Report on malaria in the Punjab during the year ...  together with an account of the work of the Punjab Malaria Bureau - Volume 5
Disease focus: Malaria
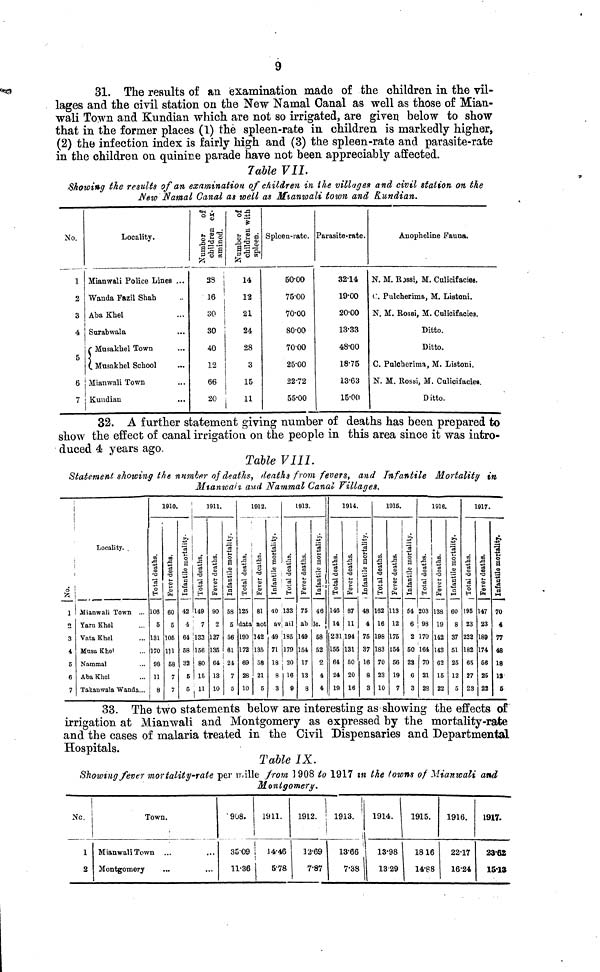
31. The results of an examination made of the children in the vil-
lages and the civil station on the New Namal Canal as well as those of Mian-
wali Town and Kundian which are not so irrigated, are given below to show
that in the former places (1) the spleen-rate in children is markedly higher,
(2) the infection index is fairly high and (3) the spleen-rate and parasite-rate
in the children on quinine parade have not been appreciably affected.
Table VII.
Showing the results of an examination of children in the villages and civil station on the
New Namal Canal as well as Mianwali town and Kundian.
No.
1
2
3
4
5
6
7
Locality.
Mianwali Police Lines ...
Wanda Fazil Shah
Aba Khel
Surabwala
Musakhel Town
Musakhel School
Mianwali Town
Kundian
Number
of
children ex-
amined.
33
16
30
30
40
12
66
20
Number
of
children with
spleen.
14
12
21
24
28
3
15
Spleen-rate.
50.00
75.00
70.00
80.00
7000
25.00
22.72
55.00
Parasite-rate.
32.14
19.00
20.00
13.33
48.00
18.75
13.63
15.00
Anopheline Fauna.
N. M. Rossi, M. Culicifacies..
C. Pulcherims, M. Listoni.
N. M. Rossi, M. Culicifacies.
Ditto.
Ditto.
C. Pulcherima, M. Listoni.
N. M. Rossi, M. Culicifaciea.
Ditto.
32. A further statement giving number of deaths has been prepared to
show the effect of canal irrigation on the people in this area since it was intro-
duced 4 years ago.
Table VIII
Statement showing the number of deaths, deaths from fevers, and Infantile
Mortality in
M
and
Nammal Canal Villages.
No.
1
2
3
i
5
6
7
Locality. ,
Mianwali Town ...
Yarn Khel
Vata Khel
Musa Khel
Nammal
Aba Khel
Takanwala Wanda...
Total
deaths.
106
5
131
170
98
11
8
1910.
Fever
deaths.
60
5
105
11l
58
7
7
33. The two
Infantile
mortality.
42
4
64
58
32
5
5
Total
deaths.
149
7
133
156
80
15
l
1911.
Fever
deaths.
90
2
127
135
64
13
10
Infantile
mortality.
58
5
56
61
24
7
5
statements
Total
deaths.
125
data
190
172
69
28
10
1912.
Fever
deaths.
81
not
142
135
58
21
5
Infantile
mortality.
40
av
49
71
18
8
3
below
Total
deaths.
133
ail
185
179
20
16
9
1913.
Fever
deaths.
75
ab
149
154
17
13
8
Infantile
mortality.
46
le.
58
52
2
4
4
Total
deaths.
146
14
231
155
64
24
19
1914
Fever
deaths.
87
11
194
131
50
20
16
Infantile
mortality.
48
4
75
37
16
8
3
Total
deaths.
162
16
198
183
70
23
10
1915.
Fever
deaths.
113
12
175
154
56
19
7
Infantile
mortality.
54
6
2
50
23
6
3
1916.
Total
deaths.
203
98
170
164
70
21
28
are interesting as showing
11
11
Fever
deaths.
138
19
142
143
62
15
22
Infantile
mortality.
60
8
37
51
25
12
5
Total
deaths.
195
23
222
182
65
27
23
1917.
Fever
deaths.
147
23
189
174
56
25
22
the effects
Infantile
mortality.
70
4
77
48
18
13
5
of
irrigation at Mianwali and Montgomery as expressed by the mortality-rate
and the cases of malaria treated in the Civil Dispensaries and Departmental
Hospitals.
Table IX.
Showing fever mortality-rate per mille from 1908 to 1917 in the towns of Mianwali and
Monioomery.
No..
1
2
Town.
Mianwali Town
Montgomery
1908.
35..09
1136
1911.
14.46
5.78
1912.
12.69
7.87
1913.
13.66
7.38
1914.
13.98
13.29
1915.
18.16
14.88
1916.
22.17
16.24
1917.
23.62
15.13